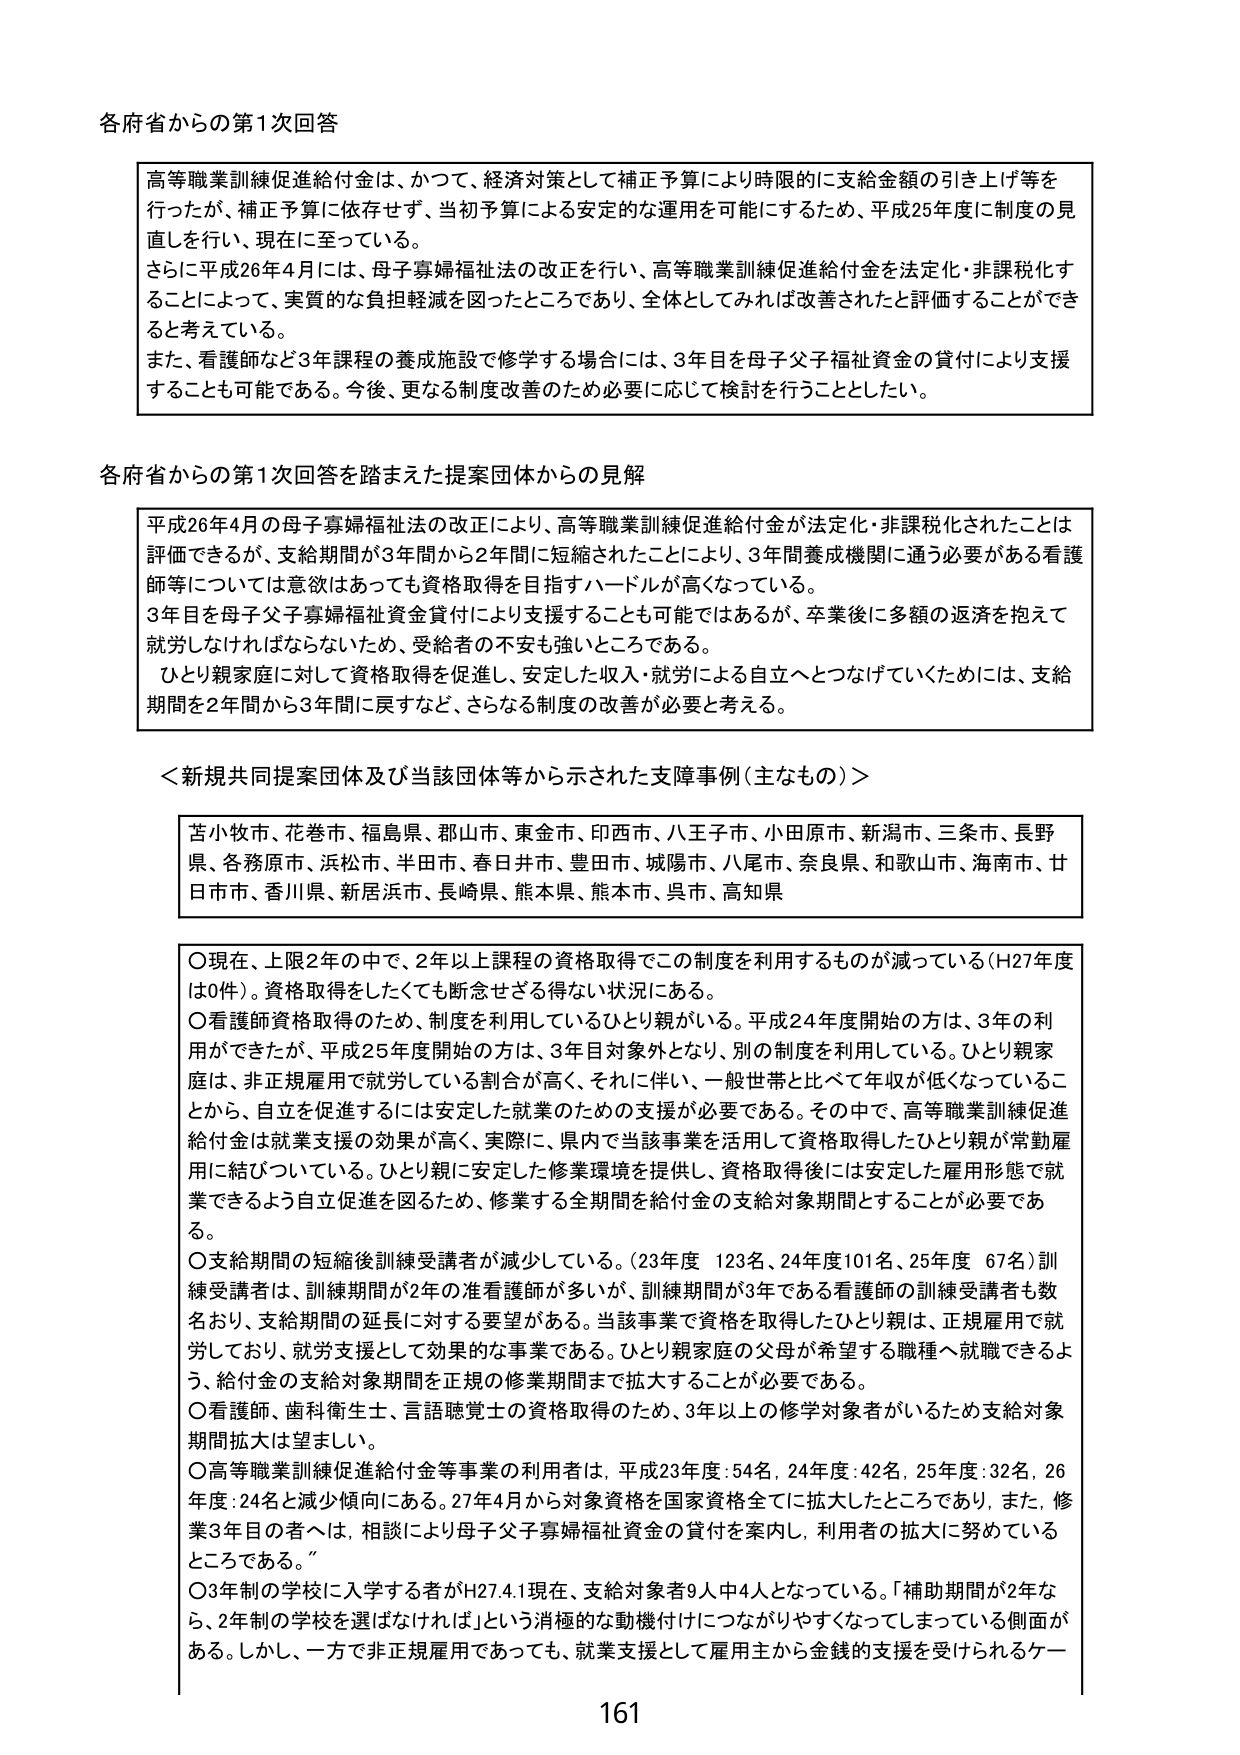
各府省からの第1次回答

高等職業訓練促進給付金は、かつて、経済対策として補正予算により時限的に支給金額の引き上げ等を行ったが、補正予算に依存せず、当初予算による安定的な運用を可能にするため、平成25年度に制度の見直しを行い、現在に至っている。
さらに平成26年4月には、母子寡婦福祉法の改正を行い、高等職業訓練促進給付金を法定化・非課税化することによって、実質的な負担軽減を図ったところであり、全体としてみれば改善されたと評価することができると考えている。
また、看護師など3年課程の養成施設で修学する場合には、3年目を母子父子福祉資金の貸付により支援することも可能である。今後、更なる制度改善のため必要に応じて検討を行うこととした。

各府省からの第1次回答を踏まえた提案団体からの見解

平成26年4月の母子寡婦福祉法の改正により、高等職業訓練促進給付金が法定化・非課税化されたことは評価できるが、支給期間が3年間から2年間に短縮されたことにより、3年間養成機関に通う必要がある看護師等については意欲はあっても資格取得を目指すハードルが高くなっている。
3年目を母子父子寡婦福祉資金貸付により支援することも可能ではあるが、卒業後に多額の返済を抱えて就労しなければならないため、受給者の不安も強いところである。
ひとり親家庭に対して資格取得を促進し、安定した収入・就労による自立へとつなげていくためには、支給期間を2年間から3年間に戻すなど、さらなる制度の改善が必要と考える。

＜新規共同提案団体及び当該団体等から示された支障事例（主なもの）＞

苫小牧市、花巻市、福島県、郡山市、東金市、印西市、八王子市、小田原市、新潟市、三条市、長野県、各務原市、浜松市、半田市、春日井市、豊田市、城陽市、八尾市、奈良県、和歌山市、海南市、廿日市市、香川県、新居浜市、長崎県、熊本県、熊本市、呉市、高知県

○現在、上限2年の中で、2年以上課程の資格取得でこの制度を利用するものが減っている（H27年度は0件）。資格取得をしたくても断念せざる得ない状況にある。
○看護師資格取得のため、制度を利用しているひとり親がいる。平成24年度開始の方は、3年の利用ができてきたが、平成25年度開始の方は、3年目対象外となり、別の制度を利用している。ひとり親家庭は、非正規雇用で就労している割合が高く、それに伴い、一般世帯と比べて年収が低くなっていることから、自立を促進するには安定した就業のための支援が必要である。その中で、高等職業訓練促進給付金は就業支援の効果が高く、実際に、県内で当該事業を活用して資格取得したひとり親が常勤雇用に結びついている。ひとり親に安定した修業環境を提供し、資格取得後には安定した雇用形態で就業できるよう自立促進を図るため、修業する全期間を給付金の支給対象期間とすることが必要である。
○支給期間の短縮後訓練受講者が減少している。（23年度 123名、24年度101名、25年度 67名）訓練受講者は、訓練期間が2年の准看護師が多いが、訓練期間が3年である看護師の訓練受講者も数名おり、支給期間の延長に対する要望がある。当該事業で資格を取得したひとり親は、正規雇用で就労しており、就労支援として効果的な事業である。ひとり親家庭の父母が希望する職種へ就職できるよう、給付金の支給対象期間を正規の修業期間まで拡大することが必要である。
○看護師、歯科衛生士、言語聴覚士の資格取得のため、3年以上の修学対象者がいるため支給対象期間拡大は望ましい。
○高等職業訓練促進給付金等事業の利用者は、平成23年度：54名、24年度：42名、25年度：32名、26年度：24名と減少傾向にある。27年4月から対象資格を国家資格全てに拡大したところであり、また、修業3年目の者へは、相談により母子父子寡婦福祉資金の貸付を案内し、利用者の拡大に努めているところである。
○3年制の学校に入学する者がH27.4.1現在、支給対象者9人中4人となっている。「補助期間が2年なら、2年制の学校を選ばなければ」という消極的な動機付けにつながりやすくなってしまっている側面がある。しかし、一方で非正規雇用であっても、就業支援として雇用主から金銭的支援を受けられるケー

161